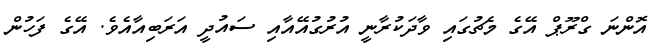
އޮންނަ ގްރޫޕް އޭގެ މެޗުގައި ވާދަކުރާނީ އުރުގުއޭއާއި ސައުދީ އަރަބިއާއެވެ. އޭގެ ފަހުން